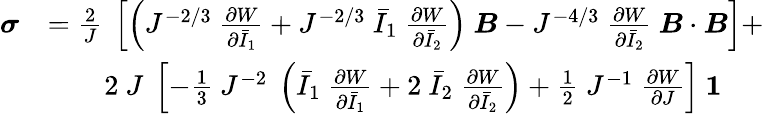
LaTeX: {\begin{array}{rl}{{\boldsymbol{\sigma}}}&{={\frac{2}{J}}~\left[\left(J^{-2/3}~{\frac{\partial W}{\partial{\bar{I}}_{1}}}+J^{-2/3}~{\bar{I}}_{1}~{\frac{\partial W}{\partial{\bar{I}}_{2}}}\right)~{\boldsymbol{B}}-J^{-4/3}~{\frac{\partial W}{\partial{\bar{I}}_{2}}}~{\boldsymbol{B}}\cdot{\boldsymbol{B}}\right]+}\\ &{\qquad 2~J~\left[-{\frac{1}{3}}~J^{-2}~\left({\bar{I}}_{1}~{\frac{\partial W}{\partial{\bar{I}}_{1}}}+2~{\bar{I}}_{2}~{\frac{\partial W}{\partial{\bar{I}}_{2}}}\right)+{\frac{1}{2}}~J^{-1}~{\frac{\partial W}{\partial J}}\right]~{\boldsymbol{\mathit{1}}}}\end{array}}